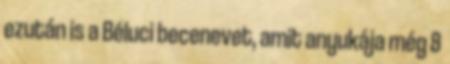
ezután is a Béluci becenevet, amit anyukája még 8